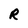
Character: R